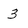
Character: 3